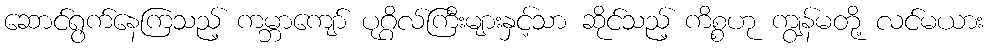
ဆောင်ရွက်နေကြသည့် ကမ္ဘာကျော် ပုဂ္ဂိလ်ကြီးများနှင့်သာ ဆိုင်သည့် ကိစ္စဟု ကျွန်မတို့ လင်မယား